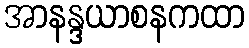
အာနန္ဒယာစနကထာ